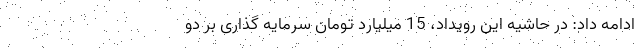
ادامه داد: در حاشیه این رویداد، 15 میلیارد تومان سرمایه گذاری بر دو